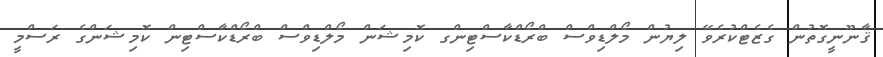
ޤާނޫނީގޮތުން ގެޒެޓްކުރެވޭ ލިޔުން މޯލްޑިވްސް ބްރޯޑްކާސްޓިންގ ކޮމިޝަން މޯލްޑިވްސް ބްރޯޑްކާސްޓިން ކޮމިޝަންގެ ރަސްމީ